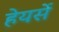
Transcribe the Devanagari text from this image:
हेयर्से